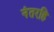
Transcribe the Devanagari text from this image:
नंतरहि